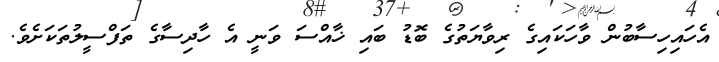
އެހައިހިސާބުން ވާހަކައިގެ ރިވާޔަތުގެ ބޮޑު ބައި ޚާއްސަ ވަނީ އެ ހާދިސާގެ ތަފްސީލުތަކަށެވެ.